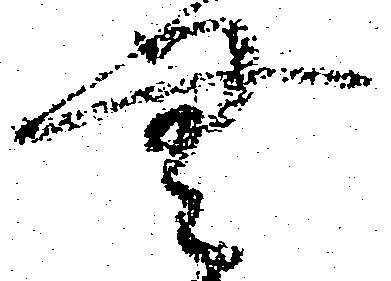
無